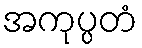
အကုပ္ပတံ